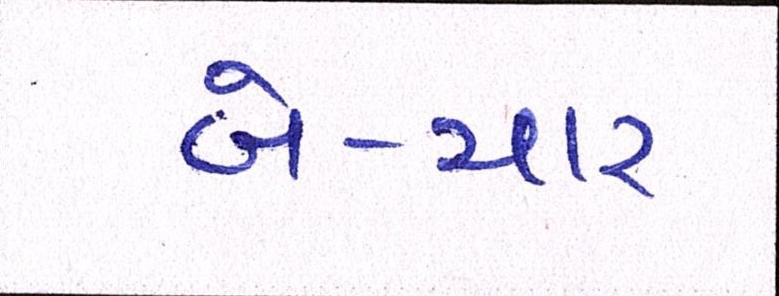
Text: બે-ચાર